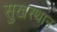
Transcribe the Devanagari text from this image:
सुखस्थान